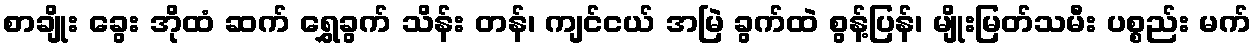
စာချိုး ခွေး အိုထံ ဆက် ရွှေခွက် သိန်း တန်၊ ကျင်ငယ် အမြဲ ခွက်ထဲ စွန့်ပြန်၊ မျိုးမြတ်သမီး ပစ္စည်း မက်